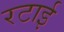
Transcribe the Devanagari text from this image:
रटाई